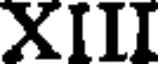
XIII